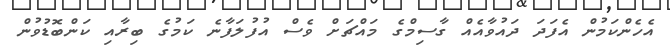
އެހެންކަމުން އެފަދަ ދައުވާއެއް ގާސިމްގެ މައްޗަށް ވެސް އުފުލަފާނެ ކަމުގެ ބިރާއި ކަންބޮޑުވުން